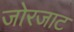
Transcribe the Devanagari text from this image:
जोरजाट